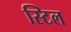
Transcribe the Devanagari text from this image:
स्‍टिल